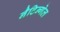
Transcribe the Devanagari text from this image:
नैटिन्गेल